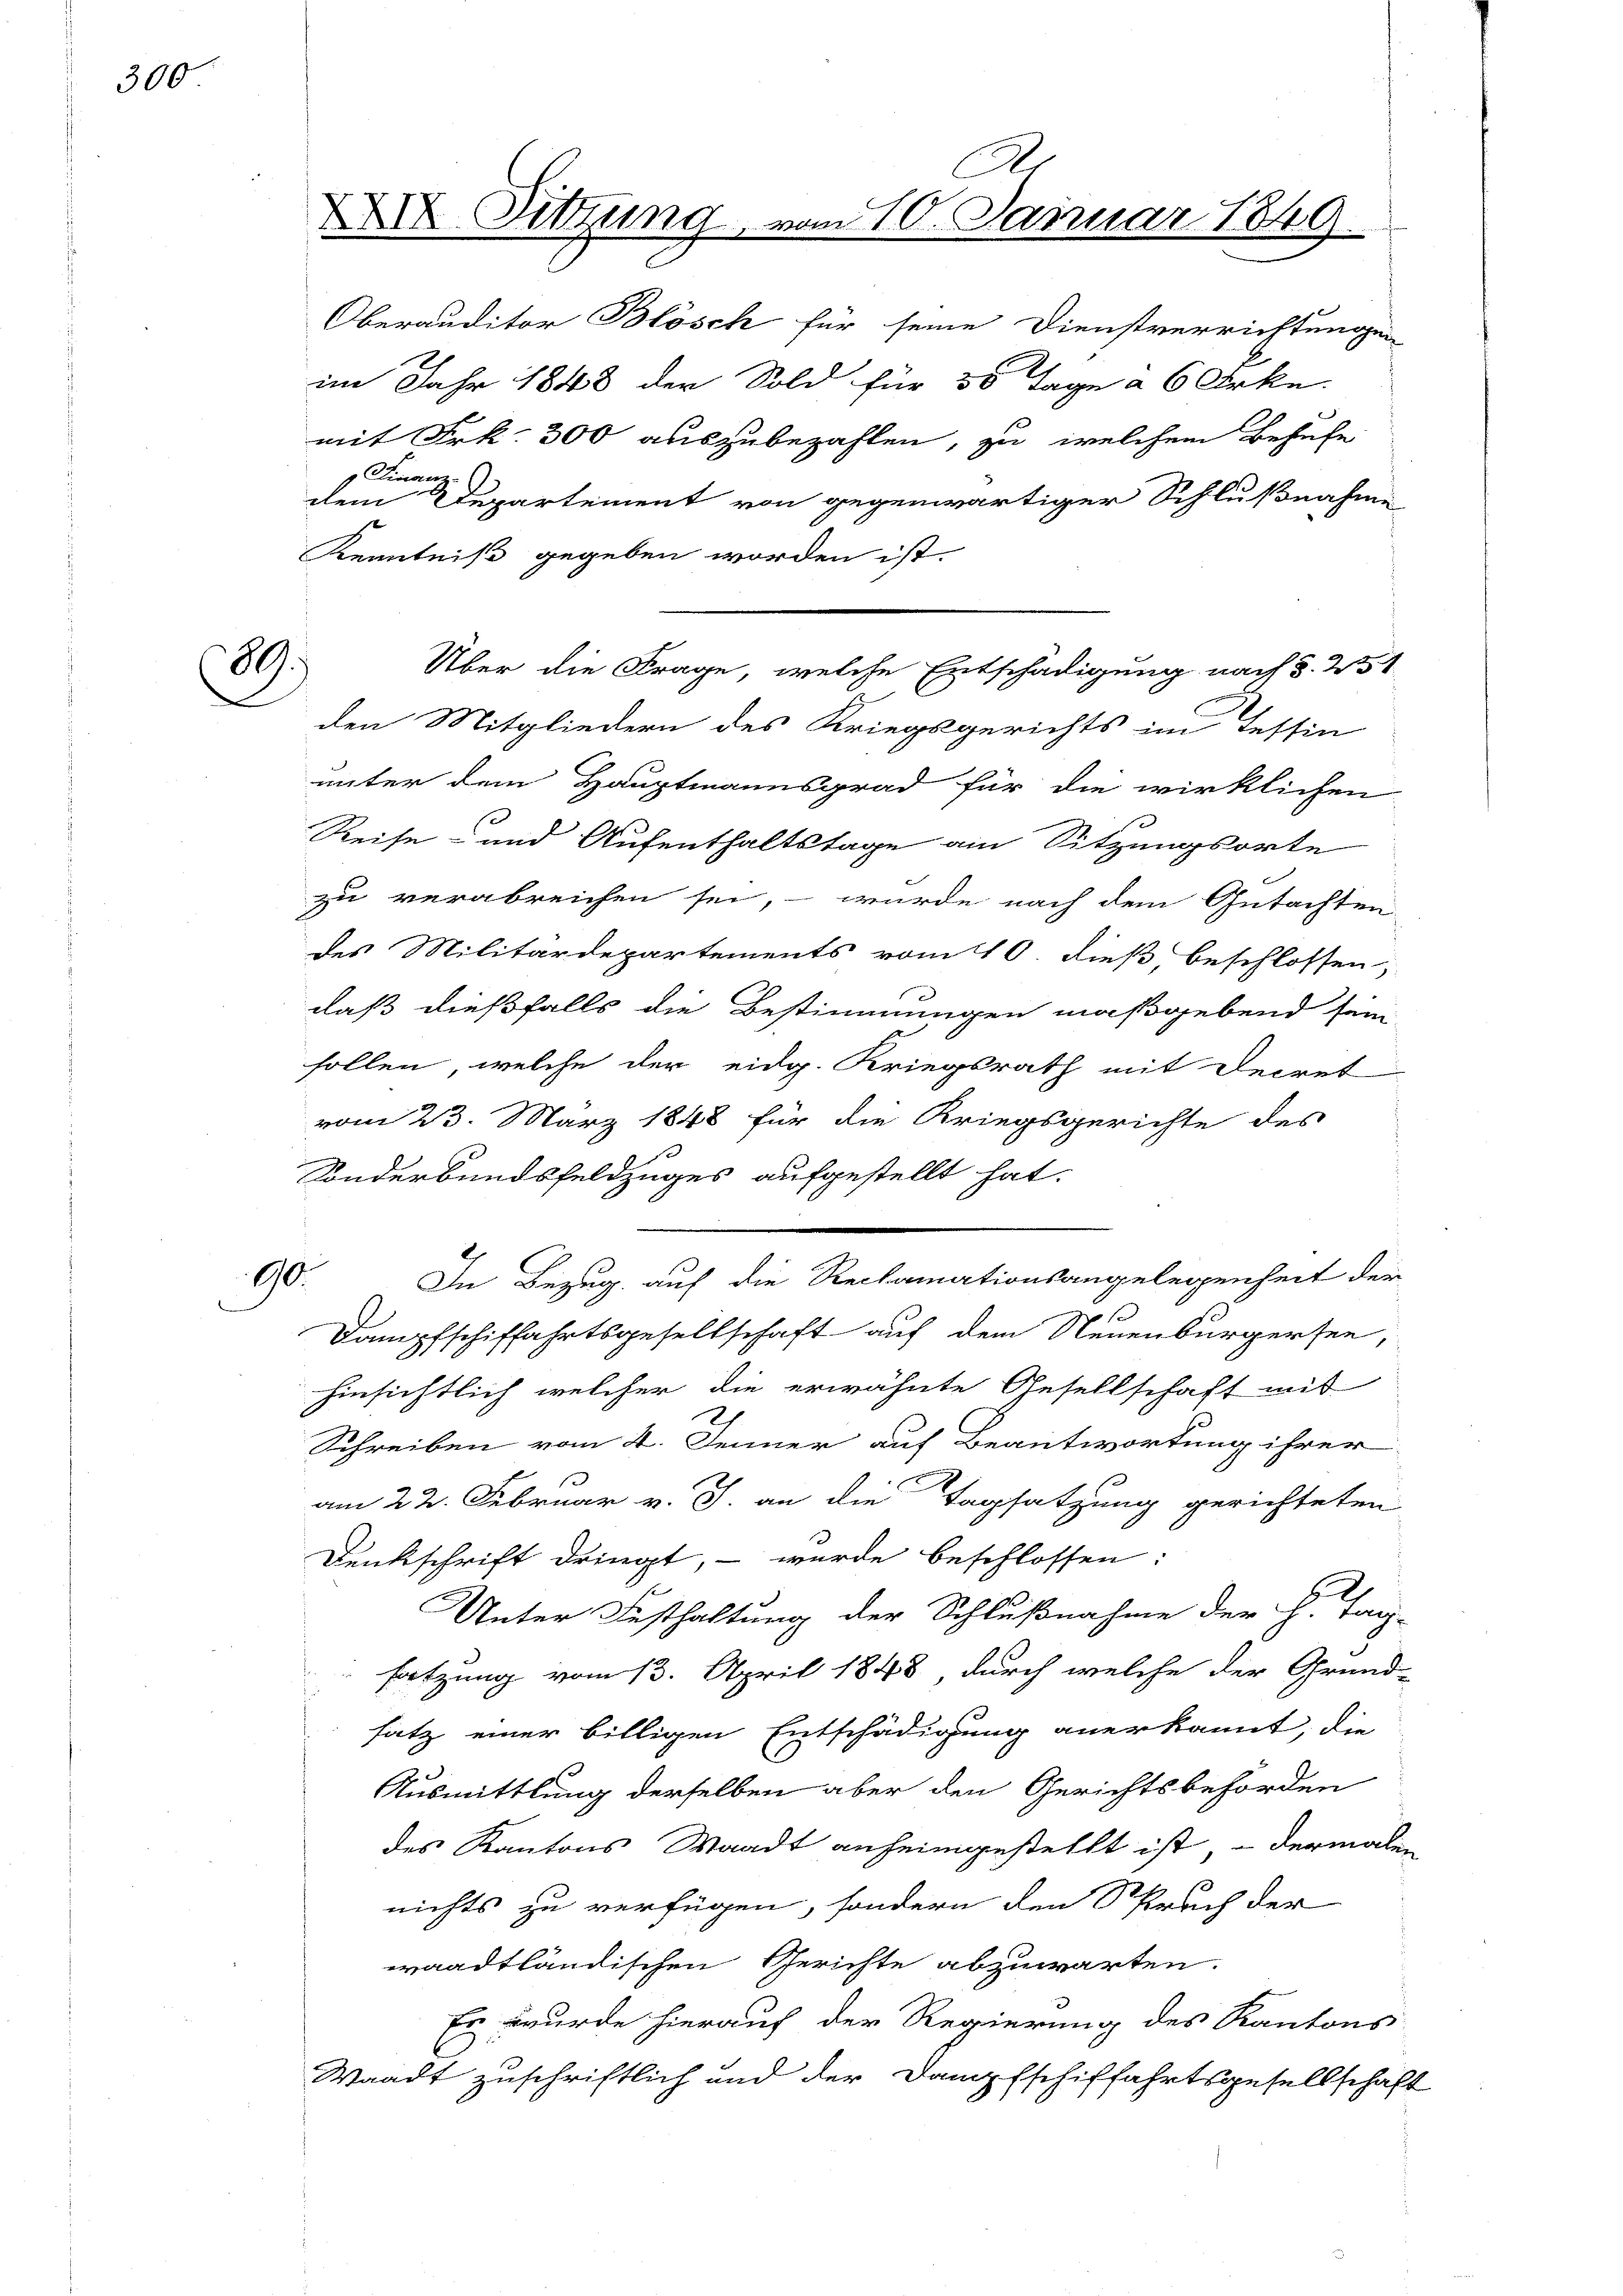
300

89.)

A
XXI. Sitzung vom 10. Januar

Oberauditor Blösch für seine Dienstverrichtungen
im Jahr 1848 der Sold für 50 Tage a 6 Arke.
mit Frk. 300 auszubezahlen, zu welchem Behufe
Finanz-
dem Departement von gegenwärtiger Schlußnahme
Kenntniß gegeben worden ist.
den Mitgliedern des Kriegsgerichts im Tessin
unter dem Hauptmannsgrad für die wirklichen
Reise- und Aufenthaltstage am Sitzungsorte
zu verabreichen sei, – wurde nach dem Gutachten
des Militärdepartements vom 10. dieß, beschlossen,
daß dießfalls die Bestimmungen maßgebend sein
sollen, welche der eidg. Kriegsrath mit Decret
vom 23. März 1848 für die Kriegsgerichte des
Sonderbundsfeldzuges aufgestellt hat.
2
Ine Bezug auf die Reclamationsangelegenheit der
990.
d
Dampfschiffahrtsgesellschaft auf dem Neuenburgersee,
hinsichtlich welcher die erwähnte Gesellschaft mit
Schreiben vom 4. Jenner auf Beantwortung ihrer
am 22. Februar v. J. an die Tagsatzung gerichteten
Denkschrift dringt, – wurde beschlossen:
2
Unter Festhaltung der Schlußnahme der h. Tag-
satzung vom 13. April 1848, durch welche der Grund-
satz einer billigen Entschädigung anerkannt, die
Ausmittlung derselben aber den Gerichtsbehörden
des Kantons Waadt anheimgestellt ist, – dermalen
nichts zu verfügen, sondern den Sprach der
waadtländischen Gerichte abzuwarten.
Es wurde hierauf der Regierung des Kantons
Waadt zuschriftlich und der Dampfschiffahrtsgesellschaft

Über die Frage, welche Entschädigung nach §. 251

I